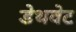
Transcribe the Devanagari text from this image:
डेथवेट